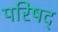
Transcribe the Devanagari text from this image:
परिषद्‍